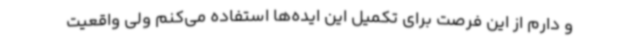
و دارم از این فرصت برای تکمیل این ایده‌ها استفاده می‌کنم ولی واقعیت